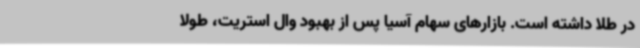
در طلا داشته است. بازارهای سهام آسیا پس از بهبود وال استریت، طولا